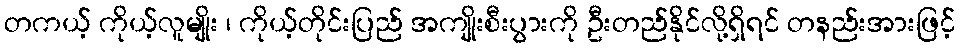
တကယ့် ကိုယ့်လူမျိုး ၊ ကိုယ့်တိုင်းပြည် အကျိုးစီးပွားကို ဦးတည်နိုင်လို့ရှိရင် တနည်းအားဖြင့်